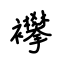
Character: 襻